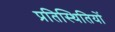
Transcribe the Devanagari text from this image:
प्रतिस्थितियों